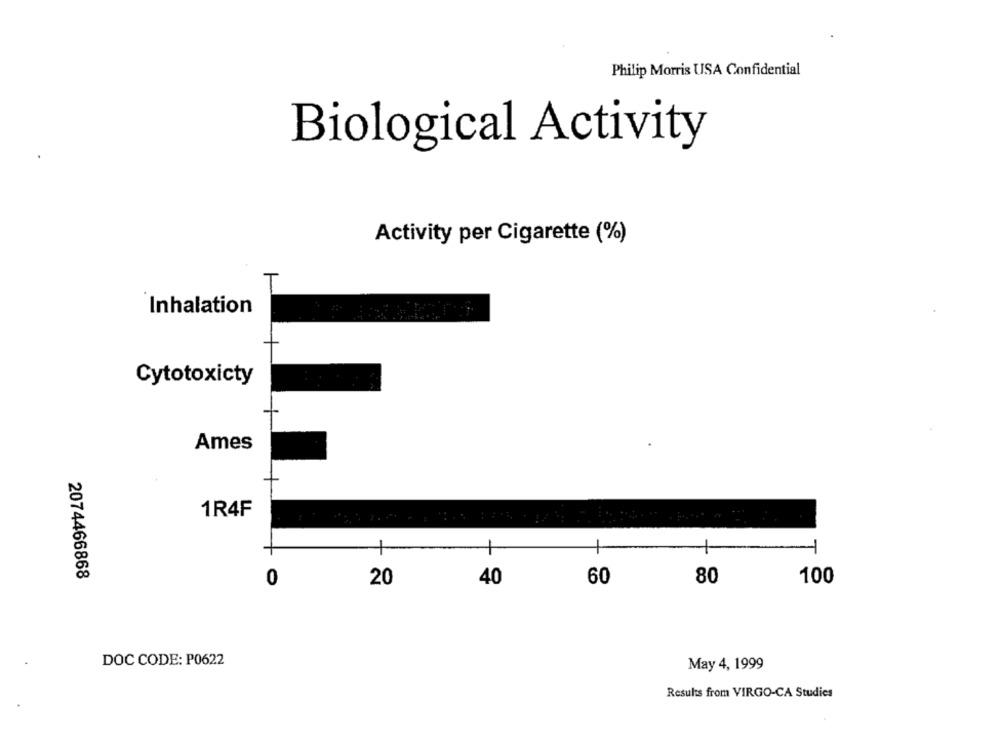
Philip Morris USA Confidential
Biological Activity
Activity per Cigarette (%)
Inhalation
Cytotoxicty
Ames
1R4F
1
1
2074466868
80
100
0
20
40
60
DOC CODE: P0622
May 4, 1999
Results from VIRGO-CA Studies